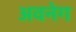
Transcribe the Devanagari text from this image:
अवनेग